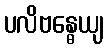
ပလိဗန္ဓေယျ